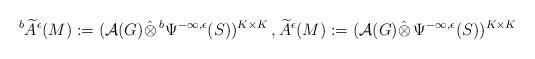
LaTeX: \begin{align*} {}^b \widetilde{A}^\epsilon (M):= (\mathcal{A}(G)\hat{\otimes} \,{}^b \Psi^{-\infty,\epsilon}(S))^{K\times K}\,, \widetilde{A}^\epsilon (M):= (\mathcal{A}(G)\hat{\otimes} \,\Psi^{-\infty,\epsilon}(S))^{K\times K} \end{align*}